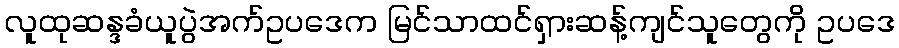
လူထုဆန္ဒခံယူပွဲအက်ဥပဒေက မြင်သာထင်ရှားဆန့်ကျင်သူတွေကို ဥပဒေ